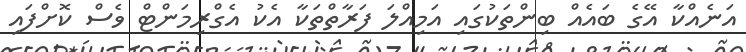
އަނެއްކާ އޭގެ ބައެއް ބިންތަކުގައި އަމިއްލަ ފަރާތްތަކާ އެކު އެގްރިމަންޓް ވެސް ކޮށްފައި